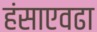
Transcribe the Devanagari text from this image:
हंसाएवढा